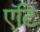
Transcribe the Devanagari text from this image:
एंटि